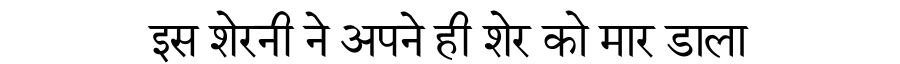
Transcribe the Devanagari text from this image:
इस शेरनी ने अपने ही शेर को मार डाला